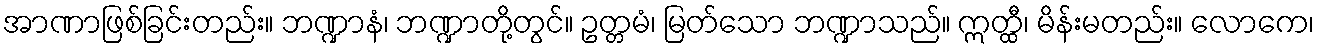
အာဏာဖြစ်ခြင်းတည်း။ ဘဏ္ဍာနံ၊ ဘဏ္ဍာတို့တွင်။ ဥတ္တမံ၊ မြတ်သော ဘဏ္ဍာသည်။ ဣတ္ထီ၊ မိန်းမတည်း။ လောကေ၊